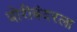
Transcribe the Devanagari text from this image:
बोरीबंदरला